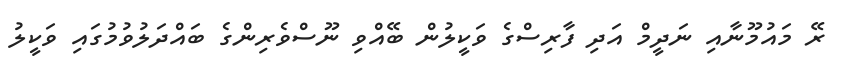
ރޭ މައުމޫނާއި ނަދީމް އަދި ފާރިސްގެ ވަކީލުން ބޭއްވި ނޫސްވެރިންގެ ބައްދަލުވުމުގައި ވަކީލު